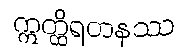
ဣတ္ထိရတနဿ